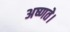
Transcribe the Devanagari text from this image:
अष्णते।